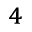
^ 4